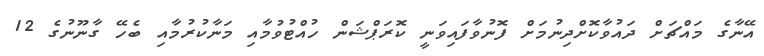
އޭނާގެ މައްޗަށް ދައުވާކޮށްދިނުމަށް ފޮނުވާފައިވަނީ ކޮރަޕްޝަން ހުއްޓުވުމާއި މަނާކުރުމާއި ބެހޭ ގާނޫނުގެ 12